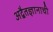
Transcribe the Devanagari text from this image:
अद्वैतज्ञानाची